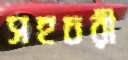
সহচরী